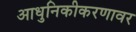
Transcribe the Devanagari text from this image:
आधुनिकीकरणावर